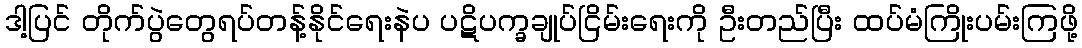
ဒါ့ပြင် တိုက်ပွဲတွေရပ်တန့်နိုင်ရေးနဲပ ပဋိပက္ခချုပ်ငြိမ်းရေးကို ဦးတည်ပြီး ထပ်မံကြိုးပမ်းကြဖို့